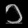
Digit: ၁